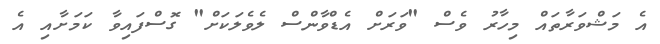
އެ މަޝްވަރާތައް މިހާރު ވެސް "ވަރަށް އެޑްވާންސް ލެވެލަކަަށް" ގޮސްފައިވާ ކަމަށާއި އެ